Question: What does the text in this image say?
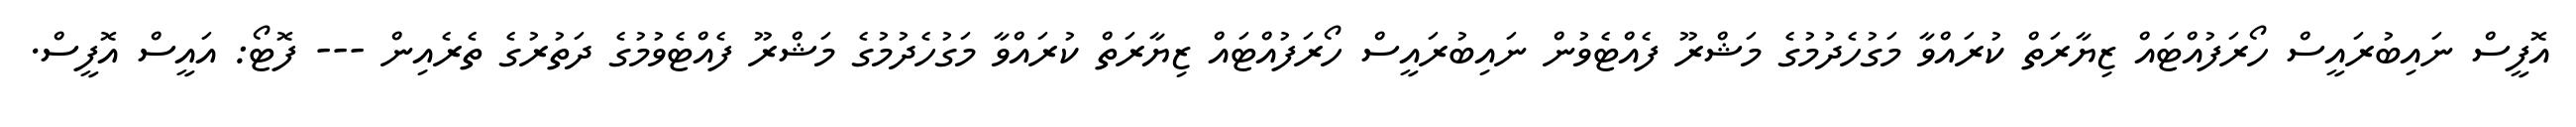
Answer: އޮފީސް ނައިބުރައީސް ހޯރަފުއްޓައް ޒިޔާރަތް ކުރައްވާ މަގުހެދުމުގެ މަޝްރޫ ފެއްޓެވުން ނައިބުރައީސް ހޯރަފުއްޓައް ޒިޔާރަތް ކުރައްވާ މަގުހެދުމުގެ މަޝްރޫ ފެއްޓެވުމުގެ ދަތުރުގެ ތެރެއިން --- ފޮޓޯ: އައީސް އޮފީސް.